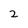
Character: 2